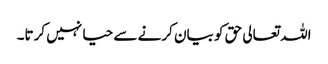
اللہ تعالی حق کو بیان کرنے سے حیا نہیں کرتا۔